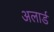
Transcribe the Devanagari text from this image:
अलार्ड